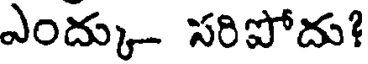
ఎంద్కు- సరిపోదు?